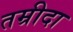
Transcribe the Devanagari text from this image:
तम्रीदा